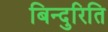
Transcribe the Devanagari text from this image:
बिन्दुरिति